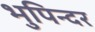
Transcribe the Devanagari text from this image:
भुपिन्दर